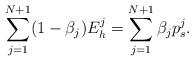
LaTeX: \begin{align*}\sum_{j=1}^{N+1}(1-\beta_j)E_h^j=\sum_{j=1}^{N+1}\beta_jp_s^j.\end{align*}